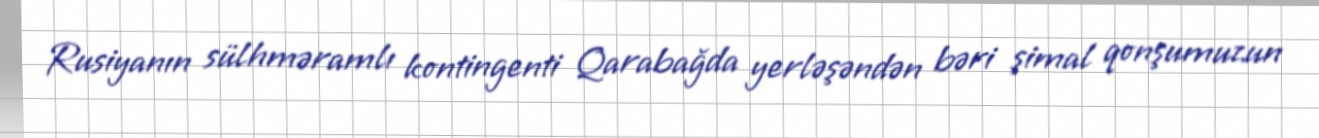
Rusiyanın sülhməramlı kontingenti Qarabağda yerləşəndən bəri şimal qonşumuzun